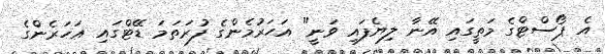
އެ ޕޯސްޓްގެ މަތީގައި އޭނާ ލިޔެފައި ވަނީ" އަަހަރުމެންގެ ފުރަތަމަ ޑޭޓްގައި އަހަރެންގެ